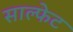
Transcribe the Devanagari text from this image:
साल्फेट